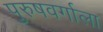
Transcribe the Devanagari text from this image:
पुरुषवर्गाला